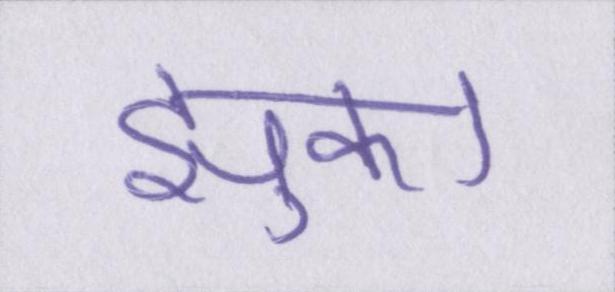
झुका